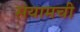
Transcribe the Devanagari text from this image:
सयामची